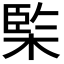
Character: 𣔿